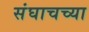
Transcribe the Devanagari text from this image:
संघाचच्या